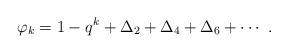
LaTeX: \begin{align*}\varphi _k=1-q^k+\Delta _2+\Delta _4+\Delta _6+\cdots ~.\end{align*}